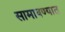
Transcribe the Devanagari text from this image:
सामावण्यात